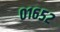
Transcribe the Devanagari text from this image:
०१६५२